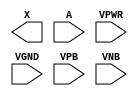
module sky130_fd_sc_ms__dlygate4sd1 (
    X   ,
    A   ,
    VPWR,
    VGND,
    VPB ,
    VNB
);

    output X   ;
    input  A   ;
    input  VPWR;
    input  VGND;
    input  VPB ;
    input  VNB ;
endmodule